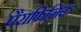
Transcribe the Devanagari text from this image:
पैराफिनिक